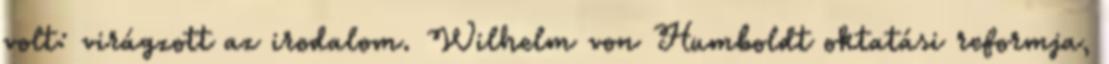
volt: virágzott az irodalom. Wilhelm von Humboldt oktatási reformja,